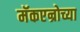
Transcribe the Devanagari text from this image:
मॅकएन्रोच्या